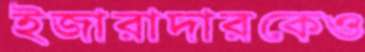
ইজারাদারকেও